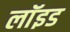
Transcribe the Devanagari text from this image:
लाॅइड